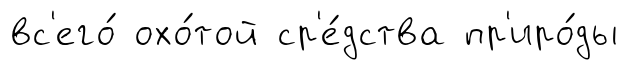
вс'его́ охо́той ср'е́дства пр'иро́ды